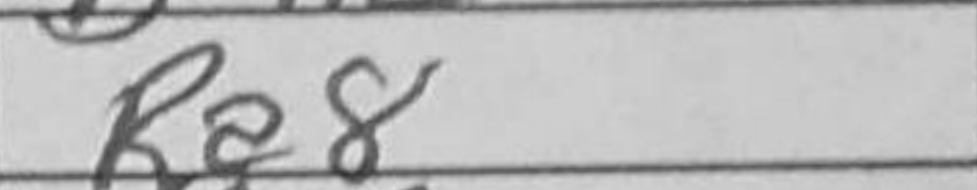
Transcription: Ra8